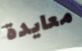
معايدة